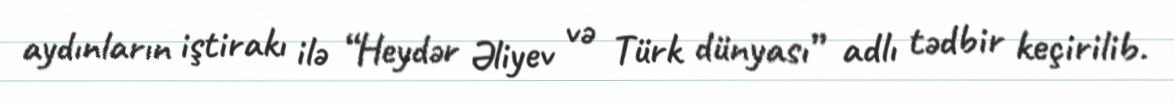
aydınların iştirakı ilə “Heydər Əliyev və Türk dünyası” adlı tədbir keçirilib.